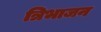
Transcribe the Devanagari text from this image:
त्रिभाजन